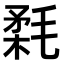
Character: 𣮪